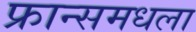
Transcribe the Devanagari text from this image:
फ्रान्समधला